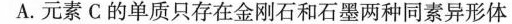
A.元素C的单质只存在金刚石和石墨两种同素异形体